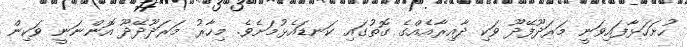
ހުށަހަޅާފައިވަނީ މަރަދޫފޭދޫ ވަކި ދާއިރާއެއްގެ ގޮތުގައި ކަނޑައެޅުމަށެވެ. މިހާރު މަރަދޫދޭދޫ އޮންނަނީ ވަކިން